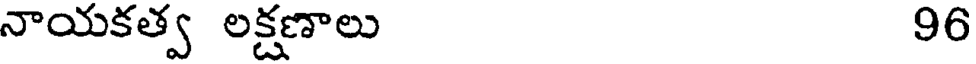
నాయకత్వ లక్షణాలు 96